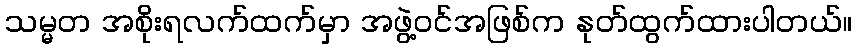
သမ္မတ အစိုးရလက်ထက်မှာ အဖွဲ့ဝင်အဖြစ်က နုတ်ထွက်ထားပါတယ်။